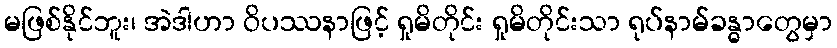
မဖြစ်နိုင်ဘူး၊ အဲဒါဟာ ဝိပဿနာဖြင့် ရှုမိတိုင်း ရှုမိတိုင်းသာ ရုပ်နာမ်ခန္ဓာတွေမှာ